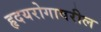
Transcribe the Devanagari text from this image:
हृदयरोगावरील